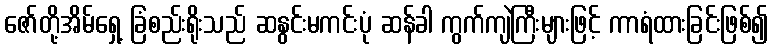
ဇော်တို့အိမ်ရှေ့ ခြံစည်းရိုးသည် ဆနွင်းမကင်းပုံ ဆန်ခါ ကွက်ကျဲကြီးများဖြင့် ကာရံထားခြင်းဖြစ်၍